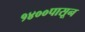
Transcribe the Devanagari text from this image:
१४००पासून